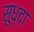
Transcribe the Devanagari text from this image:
सुध्‍दा